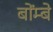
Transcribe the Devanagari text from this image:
बोंम्बे